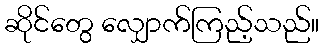
ဆိုင်တွေ လျှောက်ကြည့်သည်။